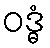
ဝဒ္ဓံ